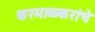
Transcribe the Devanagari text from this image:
करमाळकरांचे